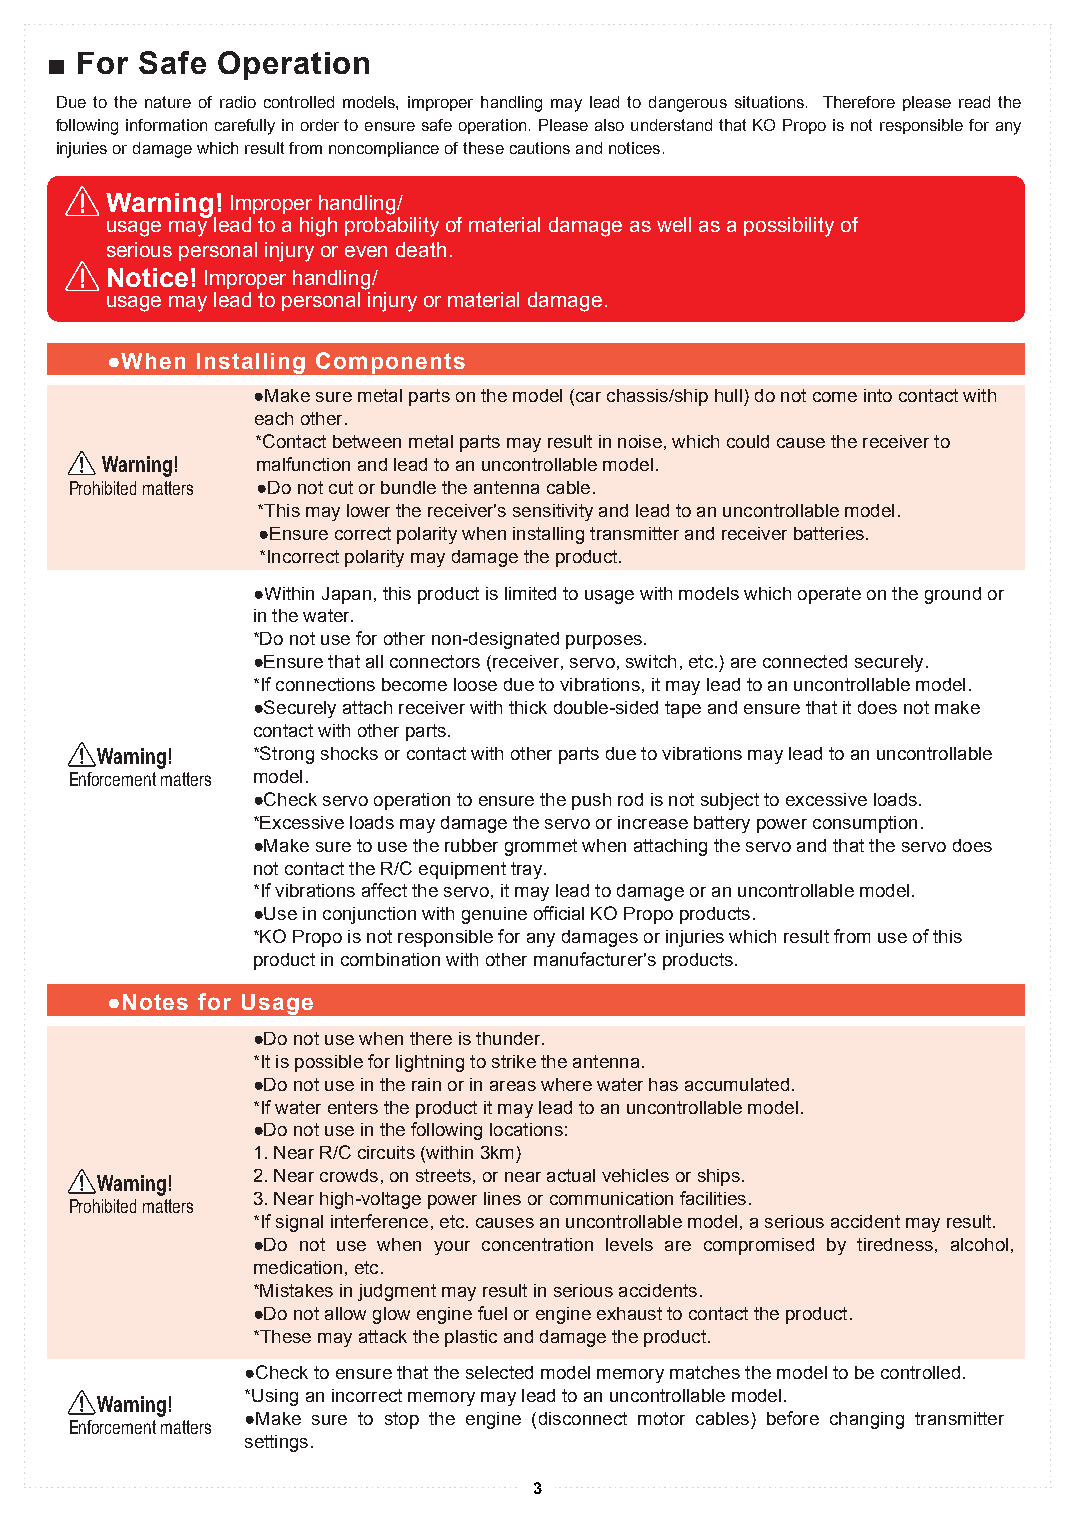
■■ FFoorr SSaaffee OOppeerraattiioonn
 Due to the nature of radio controlled models, improper handling may lead to dangerous situations. Therefore please read the
 following information carefully in order to ensure safe operation. Please also understand that KO Propo is not responsible for any
 injuries or damage which result from noncompliance of these cautions and notices.
 Warning! Improper handling/
 usage may lead to a high probability of material damage as well as a possibility of
 serious personal injury or even death.
 Notice! Improper handling/
 usage may lead to personal injury or material damage.
 ●When Installing Components
 ●Make sure metal parts on the model (car chassis/ship hull) do not come into contact with
 each other.
 *Contact between metal parts may result in noise, which could cause the receiver to
 Warning!  malfunction and lead to an uncontrollable model.
 Prohibited matters ●Do not cut or bundle the antenna cable.
 *This may lower the receiver's sensitivity and lead to an uncontrollable model.
 ●Ensure correct polarity when installing transmitter and receiver batteries.
 *Incorrect polarity may damage the product.
 ●Within Japan, this product is limited to usage with models which operate on the ground or
 in the water.
 *Do not use for other non-designated purposes.
 ●Ensure that all connectors (receiver, servo, switch, etc.) are connected securely.
 *If connections become loose due to vibrations, it may lead to an uncontrollable model.
 ●Securely attach receiver with thick double-sided tape and ensure that it does not make
 contact with other parts.
 Warning!   *Strong shocks or contact with other parts due to vibrations may lead to an uncontrollable
 Enforcement matters model.
 ●Check servo operation to ensure the push rod is not subject to excessive loads.
 *Excessive loads may damage the servo or increase battery power consumption.
 ●Make sure to use the rubber grommet when attaching the servo and that the servo does
 not contact the R/C equipment tray.
 *If vibrations affect the servo, it may lead to damage or an uncontrollable model.
 ●Use in conjunction with genuine official KO Propo products.
 *KO Propo is not responsible for any damages or injuries which result from use of this
 product in combination with other manufacturer's products.
 ●Notes for Usage
 ●Do not use when there is thunder.
 *It is possible for lightning to strike the antenna.
 ●Do not use in the rain or in areas where water has accumulated.
 *If water enters the product it may lead to an uncontrollable model.
 ●Do not use in the following locations:
 1. Near R/C circuits (within 3km)
 2. Near crowds, on streets, or near actual vehicles or ships.
 Warning!
 3. Near high-voltage power lines or communication facilities.
 Prohibited matters
 *If signal interference, etc. causes an uncontrollable model, a serious accident may result.
 ●Do not use when your concentration levels are compromised by tiredness, alcohol,
 medication, etc.
 *Mistakes in judgment may result in serious accidents.
 ●Do not allow glow engine fuel or engine exhaust to contact the product.
 *These may attack the plastic and damage the product.
 ●Check to ensure that the selected model memory matches the model to be controlled.
 *Using an incorrect memory may lead to an uncontrollable model.
 Warning!
 ●Make sure to stop the engine (disconnect motor cables) before changing transmitter
 Enforcement matters
 settings.
 3